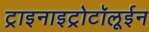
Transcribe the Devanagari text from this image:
ट्राइनाइट्रोटॉलूईन